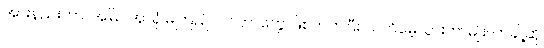
အားနည်းတာ၊ အမြင်အာရုံ မကြည်လင်တာတွေ ဖြစ်တတ်ပြီး သတိမေ့သွားတာမျိုး၊ တချို့ဆို